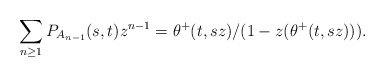
\begin{gather*}\sum_{n \ge 1} P_{A_{n-1}}(s,t) z^{n-1}=\theta^{+}(t,s z)/(1-z(\theta^{+}(t,s z))).\end{gather*}